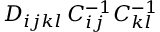
D _ { i j k l } \, C _ { i j } ^ { - 1 } C _ { k l } ^ { - 1 }